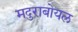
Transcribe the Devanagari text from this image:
मदुराबोयल